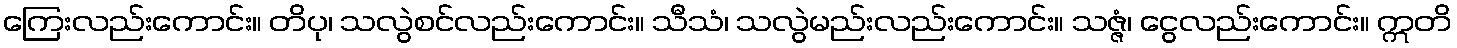
ကြေးလည်းကောင်း။ တိပု၊ သလွဲစင်လည်းကောင်း။ သီသံ၊ သလွဲမည်းလည်းကောင်း။ သဇ္ဇံ၊ ငွေလည်းကောင်း။ ဣတိ